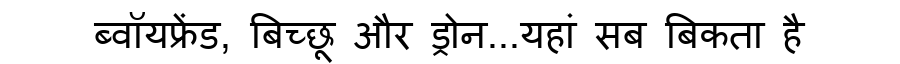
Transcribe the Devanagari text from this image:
ब्वॉयफ्रेंड, बिच्छू और ड्रोन...यहां सब बिकता है